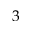
3